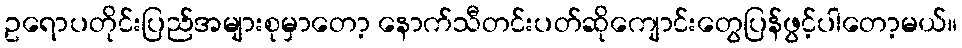
ဥရောပတိုင်းပြည်အများစုမှာတော့ နောက်သီတင်းပတ်ဆိုကျောင်းတွေပြန်ဖွင့်ပါတော့မယ်။